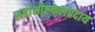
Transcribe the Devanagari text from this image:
सर्वाभीष्टफलप्रदाय